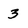
Character: 3